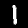
Label: 1